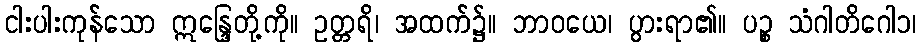
ငါးပါးကုန်သော ဣန္ဒြေတို့ကို။ ဥတ္တရိ၊ အထက်၌။ ဘာဝယေ၊ ပွားရာ၏။ ပဉ္စ သံဂါတိဂေါ၁၊